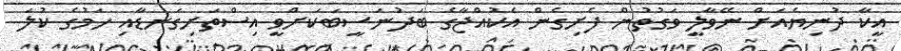
އީކާ ދުނިޔެއަށް ނޭވާލީ ވަގުތުން ފެށިގެން އެކުއްޖާގެ ބަދުނަސީބަކަށްވީ އިސްތަށިގަނޑާއި ހަމުގެ ކުލަ